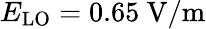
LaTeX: E_{\mathrm{LO}}=0.65~\mathrm{V/m}